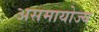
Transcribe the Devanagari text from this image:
असमायोज्य